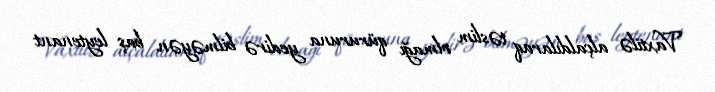
Vaxtilə alçaldılaraq təslim olmağı qüruruna yedirə bilməyən baş leytenant